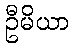
ဦမိယာ